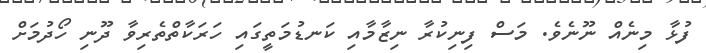
ފުޅާ މިނެއް ނޫނެވެ. މަސް ފިނިކުރާ ނިޒާމާއި ކަނޑުމަތީގައި ހަރަކާތްތެރިވާ ދޫނި ހޯދުމަށް